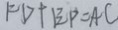
F D + E P = A C